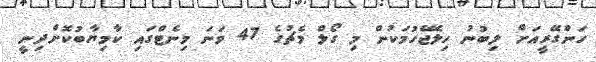
ހަންގޭރީއަށް ލިބުނު ހިލޭޖެހުމަކުން މި ގޯލް މެޗުގެ 47 ވަނަ މިނެޓްގައި ކާމިޔާބުކޮށްދިނީ